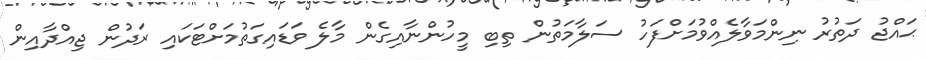
ޙައްޖު ދަތުރު ނިންމަވާލެއްވުމަށްފަހު ސަލާމަތުން ތިބި މީހުންނާއިގެން މާލެ ވަޑައިގަތުމަށްޓަކައި ރަދުން ޖިއްދާއިން